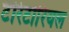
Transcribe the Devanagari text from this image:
टेरिटोरियल